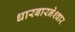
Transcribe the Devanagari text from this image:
धारबारनेश्‍वार